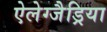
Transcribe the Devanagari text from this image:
ऐलेग्जैड्रिया